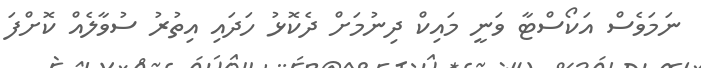
ނަމަވެސް އަކޯސްޓާ ވަނީ މައިކް ދިނުމަށް ދެކޮޅު ހަދައި އިތުރު ސުވާލެއް ކޮށްފަ